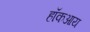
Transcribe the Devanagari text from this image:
हॉकआय